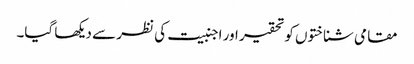
مقامی شناختوں کو تحقیر اور اجنبیت کی نظر سے دیکھا گیا۔